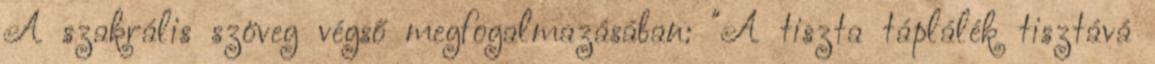
A szakrális szöveg végső megfogalmazásában: "A tiszta táplálék tisztává